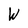
Character: W